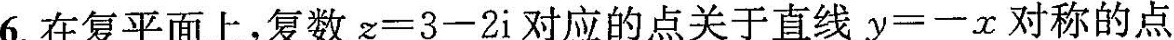
6.在复平面上，复数$$z = 3 - 2 i$$对应的点关于直线$$y = - x$$对称的点